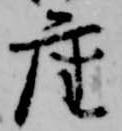
座